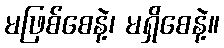
မဖြစ်စေနဲ့၊ မရှိစေနဲ့။